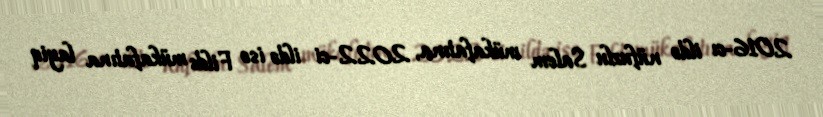
2016-cı ildə nüfuzlu Salem mükafatına, 2022-ci ildə isə Filds mükafatına layiq